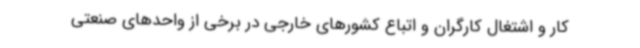
کار و اشتغال کارگران و اتباع کشورهای خارجی در برخی از واحدهای صنعتی